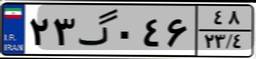
۲۳گ۰۴۶۴۸